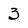
Character: 3